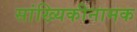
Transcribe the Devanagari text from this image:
सांख्यिकीनामक